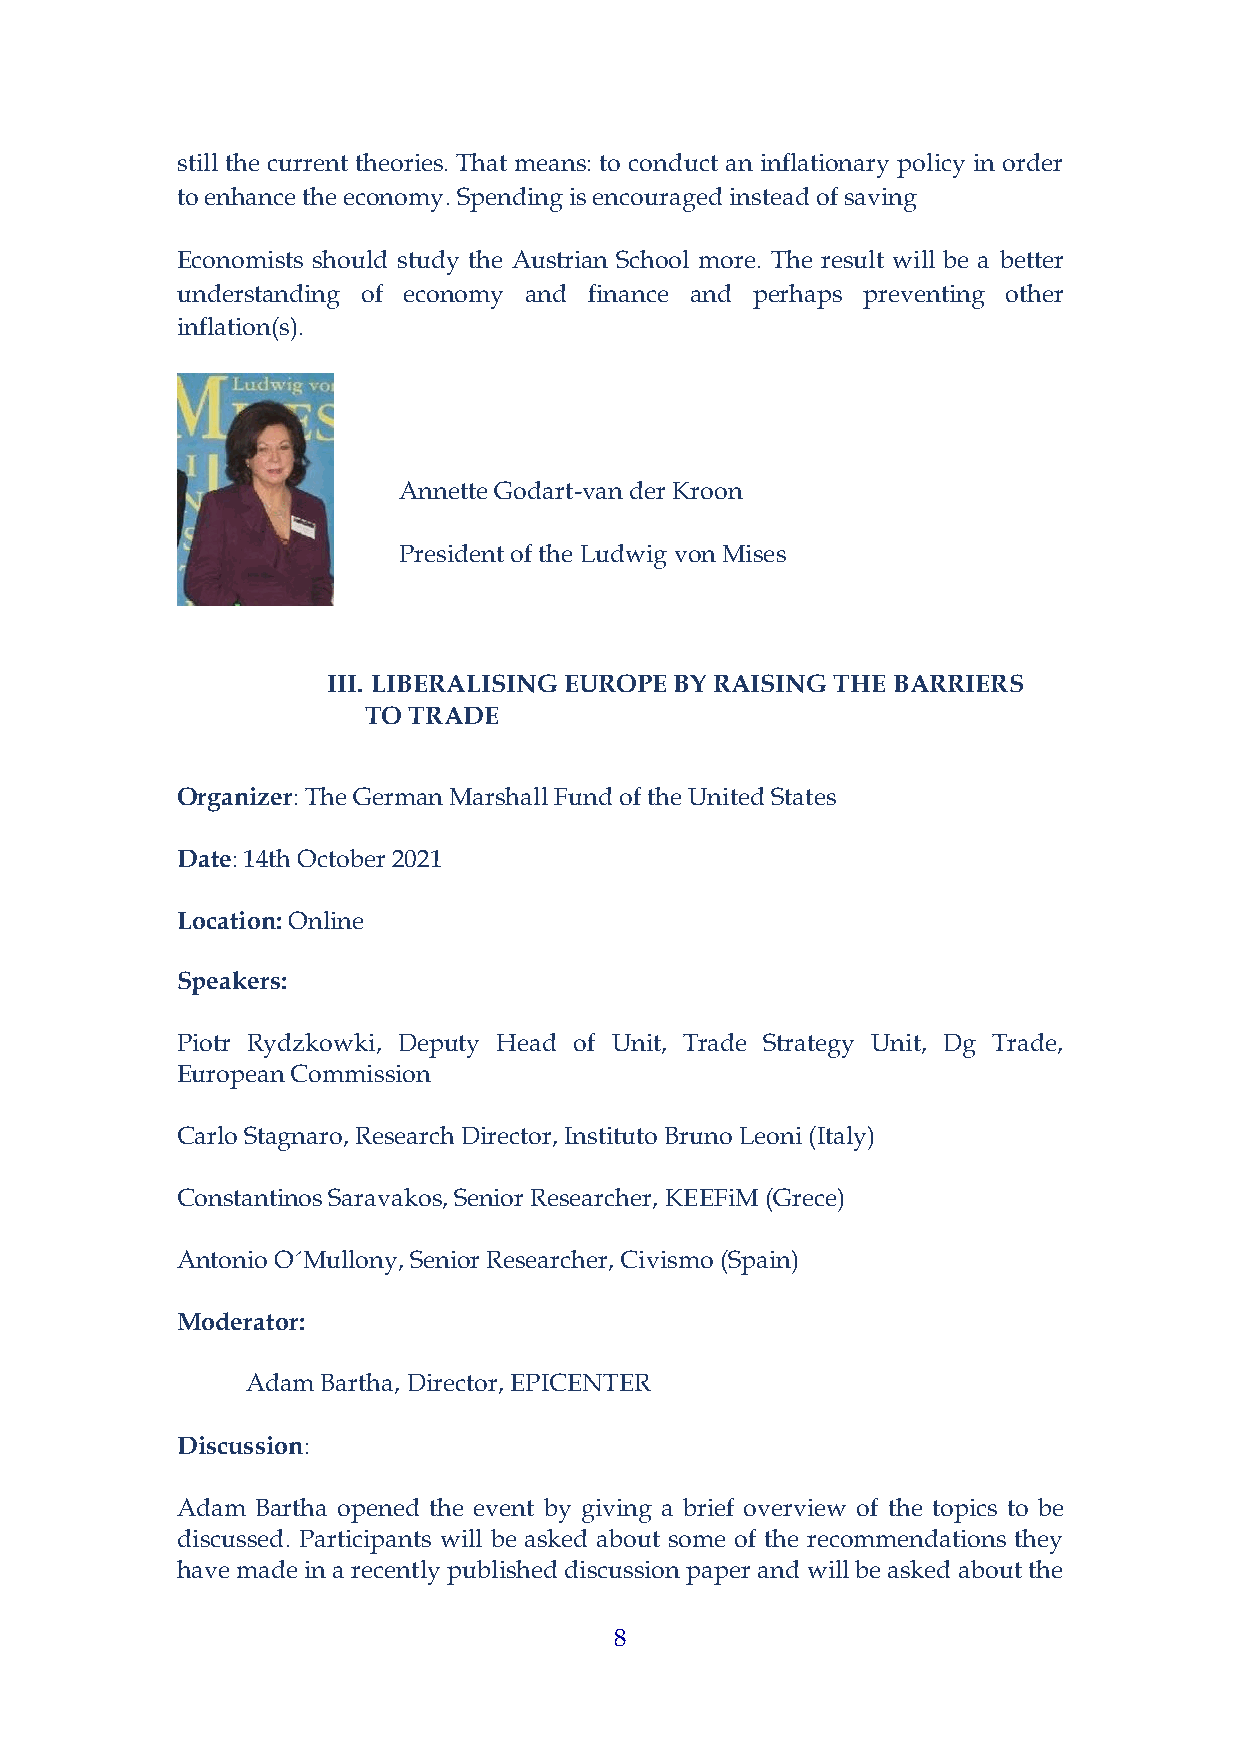
still the current theories. That means: to conduct an inflationary policy in order
 to enhance the economy. Spending is encouraged instead of saving
 Economists should study the Austrian School more. The result will be a better
 understanding of economy and finance and perhaps preventing other
 inflation(s).
 Annette Godart-van der Kroon
 President of the Ludwig von Mises
 Institute Europe
 III. LIBERALISING EUROPE BY RAISING THE BARRIERS
 TO TRADE
 Organizer: The German Marshall Fund of the United States
 Date: 14th October 2021
 Location: Online
 Speakers:
 Piotr Rydzkowki, Deputy Head of Unit, Trade Strategy Unit, Dg Trade,
 European Commission
 Carlo Stagnaro, Research Director, Instituto Bruno Leoni (Italy)
 Constantinos Saravakos, Senior Researcher, KEEFiM (Grece)
 Antonio O´Mullony, Senior Researcher, Civismo (Spain)
 Moderator:
 Adam Bartha, Director, EPICENTER
 Discussion:
 Adam Bartha opened the event by giving a brief overview of the topics to be
 discussed. Participants will be asked about some of the recommendations they
 have made in a recently published discussion paper and will be asked about the
 8